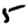
Digit: 5